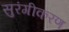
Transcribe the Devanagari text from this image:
सुरंगीकरण